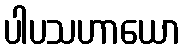
ပါပသဟာယော